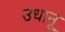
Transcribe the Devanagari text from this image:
उधानू